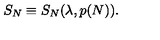
S _ { N } \equiv S _ { N } ( \lambda , p ( N ) ) .